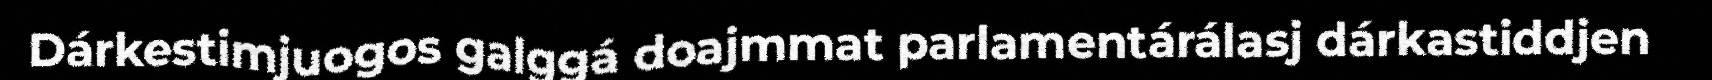
Dárkestimjuogos galggá doajmmat parlamentárálasj dárkastiddjen